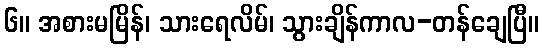
၆။ အစားမမြိန်၊ သားရေလိမ်၊ သွားချိန်ကာလ-တန်ချေပြီ။